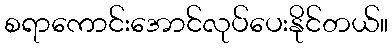
စရာကောင်းအောင်လုပ်ပေးနိုင်တယ်။